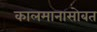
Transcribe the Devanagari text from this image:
कालमानासोबत